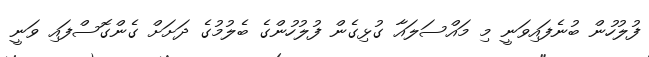
ފުލުހުން ބުނެފައިވަނީ މި މައްސަލައާ ގުޅިގެން ފުލުހުންގެ ބެލުމުގެ ދަށަށް ގެންގޮސްފައި ވަނީ